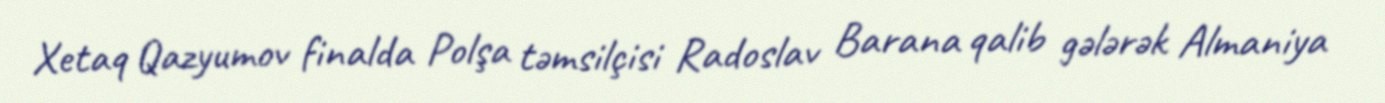
Xetaq Qazyumov finalda Polşa təmsilçisi Radoslav Barana qalib gələrək Almaniya